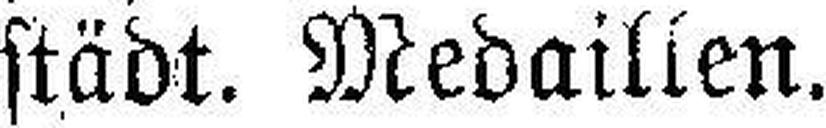
städt. Medaillen.